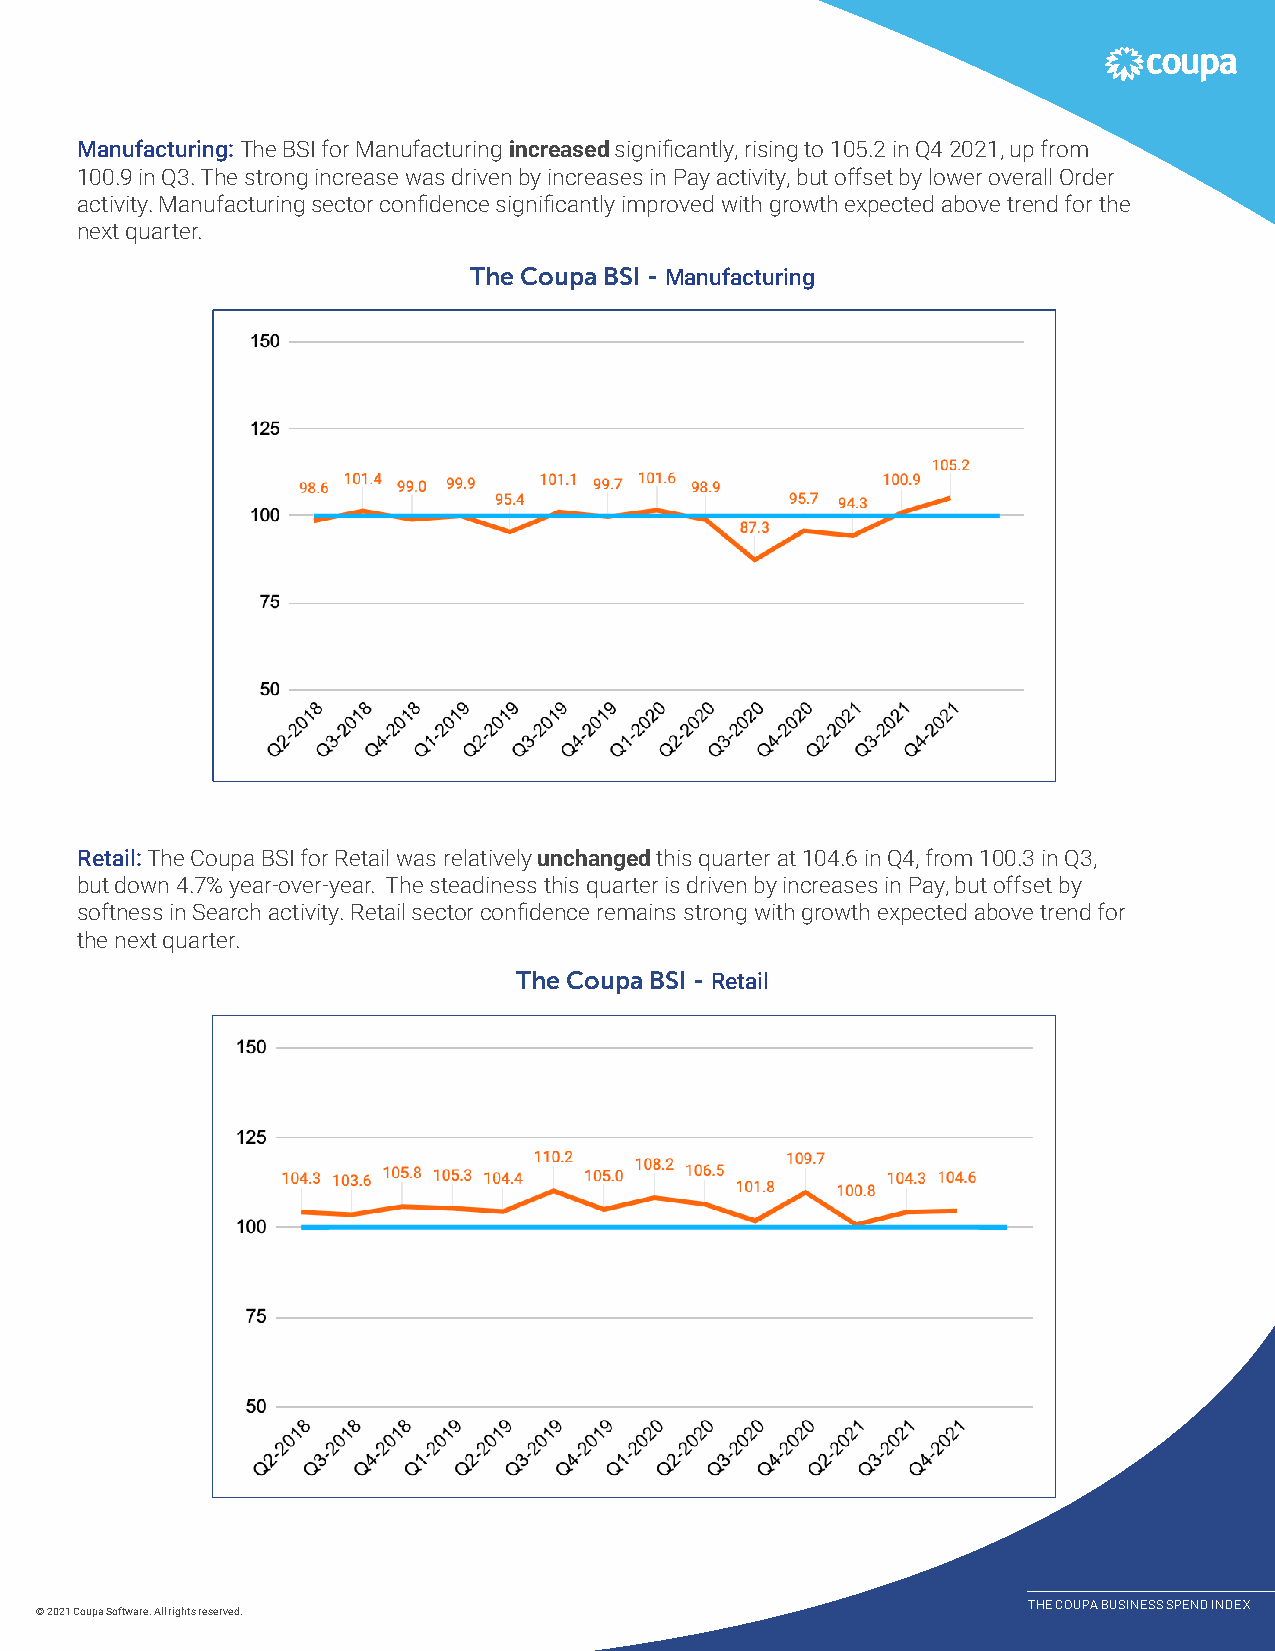
Manufacturing: The BSI for Manufacturing increased significantly, rising to 105.2 in Q4 2021, up from
 100.9 in Q3. The strong increase was driven by increases in Pay activity, but offset by lower overall Order
 activity. Manufacturing sector confidence significantly improved with growth expected above trend for the
 next quarter.
 The Coupa BSI - Manufacturing
 Retail: The Coupa BSI for Retail was relatively unchanged this quarter at 104.6 in Q4, from 100.3 in Q3,
 but down 4.7% year-over-year. The steadiness this quarter is driven by increases in Pay, but offset by
 softness in Search activity. Retail sector confidence remains strong with growth expected above trend for
 the next quarter.
 The Coupa BSI - Retail
 THE COUPA BUSINESS SPEND INDEX
 © 2021 Coupa Software. All rights reserved.